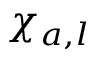
\chi _ { a , l }